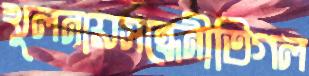
খুলনায়সন্ধেনীতিগল